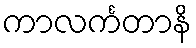
ကာလင်္ကတာနိ